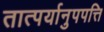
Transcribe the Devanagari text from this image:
तात्पर्यानुपपत्ति